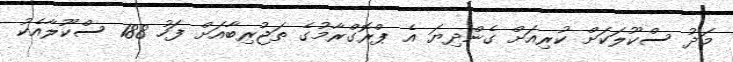
މަދު ސްކޫލަކަށް ކުރިއަށް ގެންދިޔަ އެ ޕްރޮގްރާމުގެ ތަޖުރިބާއަށް ފަހު 188 ސްކޫލާއެކު